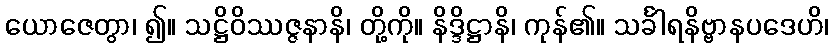
ယောဇေတွာ၊ ၍။ သဋ္ဌိဝိဿဇ္ဇနာနိ၊ တို့ကို။ နိဒ္ဒိဋ္ဌာနိ၊ ကုန်၏။ သင်္ခါရနိဗ္ဗာနပဒေဟိ၊